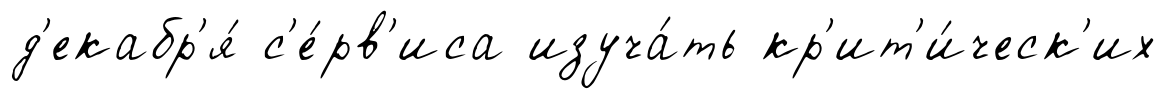
д'екабр'я́ с'е́рв'иса изуча́ть кр'ит'и́ческ'их